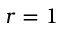
r = 1